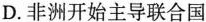
D.非洲开始主导联合国